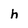
Character: h